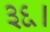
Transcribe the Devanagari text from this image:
३६।